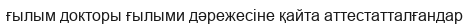
ғылым докторы ғылыми дәрежесіне қайта аттестатталғандар